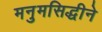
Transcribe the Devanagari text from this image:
मनुमसिद्धीने